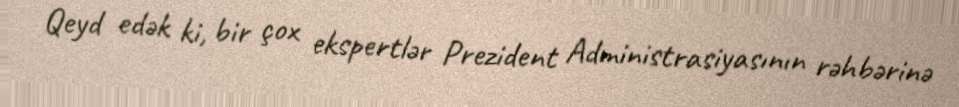
Qeyd edək ki, bir çox ekspertlər Prezident Administrasiyasının rəhbərinə